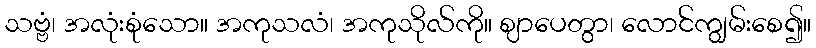
သဗ္ဗံ၊ အလုံးစုံသော။ အကုသလံ၊ အကုသိုလ်ကို။ ဈာပေတွာ၊ လောင်ကျွမ်းစေ၍။